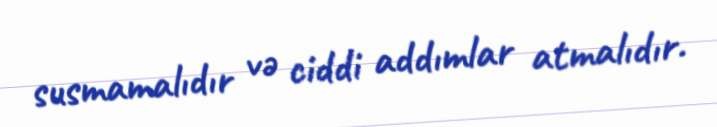
susmamalıdır və ciddi addımlar atmalıdır.